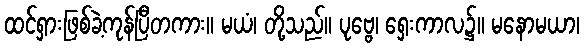
ထင်ရှားဖြစ်ခဲ့ကုန်ပြီတကား။ မယံ၊ တို့သည်။ ပုဗ္ဗေ၊ ရှေးကာလ၌။ မနောမယာ၊